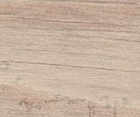
خدمات نقل البضائع والتعبئ